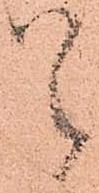
候